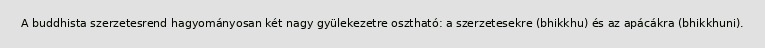
A buddhista szerzetesrend hagyományosan két nagy gyülekezetre osztható: a szerzetesekre (bhikkhu) és az apácákra (bhikkhuni).